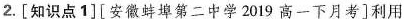
2.[知识点1][安徽蚌埠第二中学2019高一下月考]利用